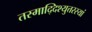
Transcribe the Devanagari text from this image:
तस्माद्दिश्युत्तरस्यां